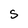
Character: S